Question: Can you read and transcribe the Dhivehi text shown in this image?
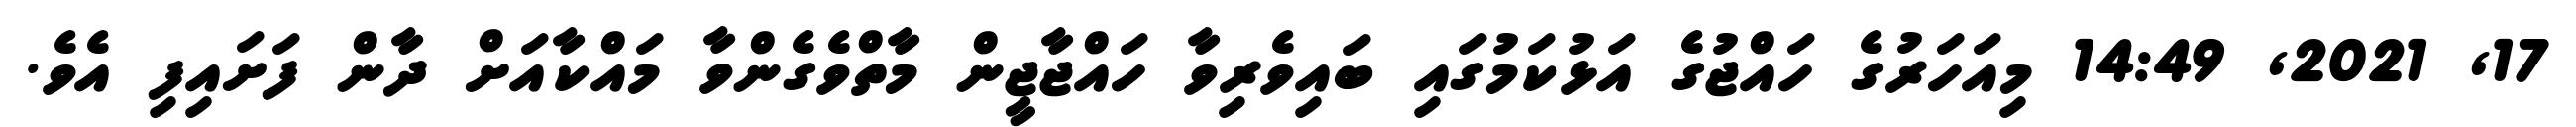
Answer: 17, 2021, 14:49 މިއަހަރުގެ ހައްޖުގެ އަޅުކަމުގައި ބައިވެރިވާ ހައްޖާޖީން މާތްވެގެންވާ މައްކާއަށް ދާން ފަށައިފި އެވެ.